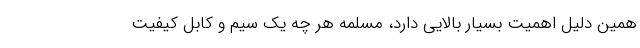
همین دلیل اهمیت بسیار بالایی دارد، مسلمه هر چه یک سیم و کابل کیفیت